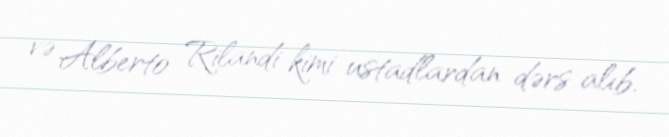
və Alberto Rilandi kimi ustadlardan dərs alıb.